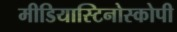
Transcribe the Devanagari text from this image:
मीडियास्टिनोस्कोपी